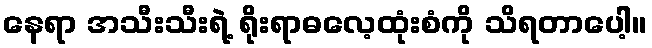
နေရာ အသီးသီးရဲ့ ရိုးရာဓလေ့ထုံးစံကို သိရတာပေါ့။